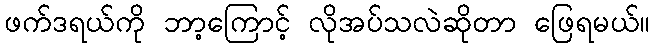
ဖက်ဒရယ်ကို ဘာ့ကြောင့် လိုအပ်သလဲဆိုတာ ဖြေရမယ်။